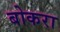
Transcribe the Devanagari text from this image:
बोकरा